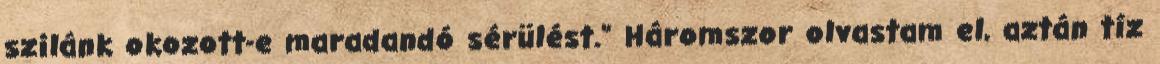
szilánk okozott-e maradandó sérülést." Háromszor olvastam el, aztán tíz